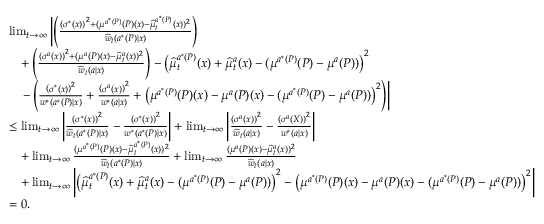
\begin{array} { r l } & { \operatorname* { l i m } _ { t \to \infty } \left| \left( \frac { \left( \sigma ^ { * } ( x ) \right) ^ { 2 } + ( \mu ^ { a ^ { * } ( P ) } ( P ) ( x ) - \widehat { \mu } _ { t } ^ { a ^ { * } ( P ) } ( x ) ) ^ { 2 } } { \widehat { w } _ { t } ( a ^ { * } ( P ) | x ) } \right) \right. } \\ & { \ \ \ + \left( \frac { \left( \sigma ^ { a } ( x ) \right) ^ { 2 } + ( \mu ^ { a } ( P ) ( x ) - \widehat { \mu } _ { t } ^ { a } ( x ) ) ^ { 2 } } { \widehat { w } _ { t } ( a | x ) } \right) - \left( \widehat { \mu } _ { t } ^ { a ^ { * } ( P ) } ( x ) + \widehat { \mu } _ { t } ^ { a } ( x ) - ( \mu ^ { a ^ { * } ( P ) } ( P ) - \mu ^ { a } ( P ) ) \right) ^ { 2 } } \\ & { \ \ \ \left. - \left( \frac { \left( \sigma ^ { * } ( x ) \right) ^ { 2 } } { w ^ { * } ( a ^ { * } ( P ) | x ) } + \frac { \left( \sigma ^ { a } ( x ) \right) ^ { 2 } } { w ^ { * } ( a | x ) } + \left( \mu ^ { a ^ { * } ( P ) } ( P ) ( x ) - \mu ^ { a } ( P ) ( x ) - ( \mu ^ { a ^ { * } ( P ) } ( P ) - \mu ^ { a } ( P ) ) \right) ^ { 2 } \right) \right| } \\ & { \leq \operatorname* { l i m } _ { t \to \infty } \left| \frac { \left( \sigma ^ { * } ( x ) \right) ^ { 2 } } { \widehat { w } _ { t } ( a ^ { * } ( P ) | x ) } - \frac { \left( \sigma ^ { * } ( x ) \right) ^ { 2 } } { w ^ { * } ( a ^ { * } ( P ) | x ) } \right| + \operatorname* { l i m } _ { t \to \infty } \left| \frac { \left( \sigma ^ { a } ( x ) \right) ^ { 2 } } { \widehat { w } _ { t } ( a | x ) } - \frac { \left( \sigma ^ { a } ( X ) \right) ^ { 2 } } { w ^ { * } ( a | x ) } \right| } \\ & { \ \ \ + \operatorname* { l i m } _ { t \to \infty } \frac { ( \mu ^ { a ^ { * } ( P ) } ( P ) ( x ) - \widehat { \mu } _ { t } ^ { a ^ { * } ( P ) } ( x ) ) ^ { 2 } } { \widehat { w } _ { t } ( a ^ { * } ( P ) | x ) } + \operatorname* { l i m } _ { t \to \infty } \frac { ( \mu ^ { a } ( P ) ( x ) - \widehat { \mu } _ { t } ^ { a } ( x ) ) ^ { 2 } } { \widehat { w } _ { t } ( a | x ) } } \\ & { \ \ \ + \operatorname* { l i m } _ { t \to \infty } \left| \left( \widehat { \mu } _ { t } ^ { a ^ { * } ( P ) } ( x ) + \widehat { \mu } _ { t } ^ { a } ( x ) - ( \mu ^ { a ^ { * } ( P ) } ( P ) - \mu ^ { a } ( P ) ) \right) ^ { 2 } - \left( \mu ^ { a ^ { * } ( P ) } ( P ) ( x ) - \mu ^ { a } ( P ) ( x ) - ( \mu ^ { a ^ { * } ( P ) } ( P ) - \mu ^ { a } ( P ) ) \right) ^ { 2 } \right| } \\ & { = 0 . } \end{array}